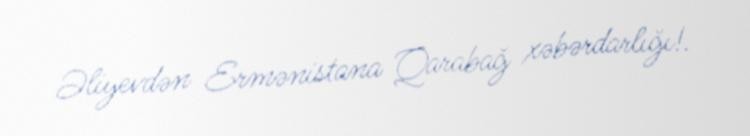
Əliyevdən Ermənistana Qarabağ xəbərdarlığı!.